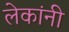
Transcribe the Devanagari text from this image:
लेकांनी